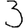
Digit: 3